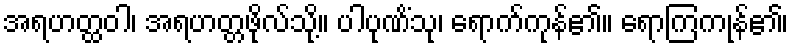
အရဟတ္ထဝါ၊ အရဟတ္တဖိုလ်သို့။ ပါပုဏိံသု၊ ရောက်ကုန်၏။ ရောကြကုန်၏၊